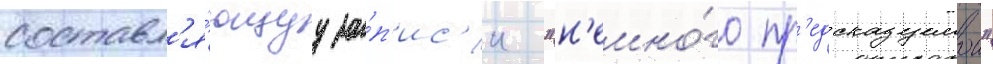
составл'я́ющуу за́п'ис'и "н'емно́го пр'едсказуемои"